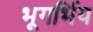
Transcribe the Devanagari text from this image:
भूगर्भिय